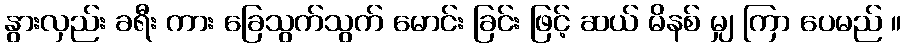
နွားလှည်း ခရီး ကား ခြေသွက်သွက် မောင်း ခြင်း ဖြင့် ဆယ် မိနစ် မျှ ကြာ ပေမည် ။